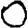
Digit: 0